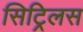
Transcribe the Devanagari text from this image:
सिट्रिलस